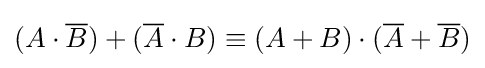
(A\cdot {\overline {B}})+({\overline {A}}\cdot B)\equiv (A+B)\cdot ({\overline {A}}+{\overline {B}})